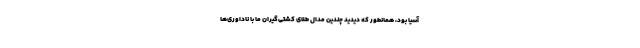
آسیا بود، همانطور که دیدید چندین مدال طلای کشتی‌گیران ما با ناداوری‌ها